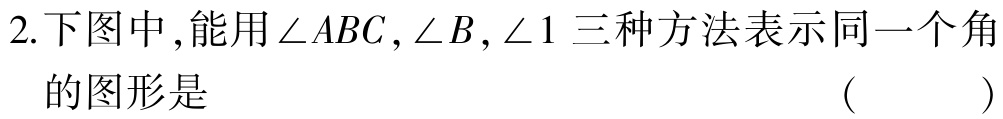
2.下图中,能用\(\angle ABC,\angle B,\angle 1\)三种方法表示同一个角的图形是 （  ）